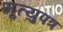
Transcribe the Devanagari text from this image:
मृ्त्युपत्र